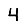
Digit: 4